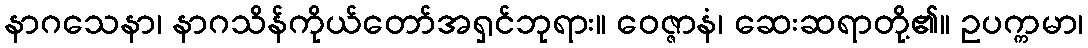
နာဂသေနာ၊ နာဂသိန်ကိုယ်တော်အရှင်ဘုရား။ ဝေဇ္ဇာနံ၊ ဆေးဆရာတို့၏။ ဥပက္ကမာ၊